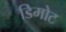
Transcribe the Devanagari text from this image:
डिमोट